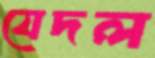
যেদল